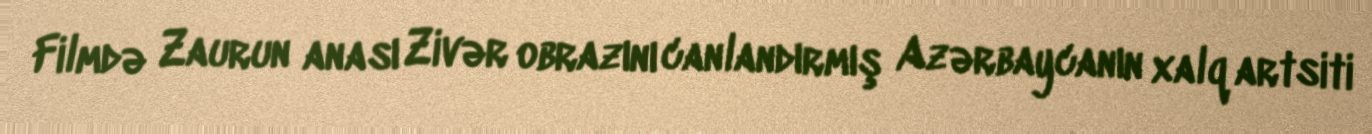
Filmdə Zaurun anası Zivər obrazını canlandırmış Azərbaycanın xalq artsiti